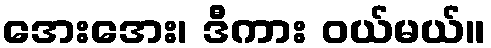
အေးအေး၊ ဒီကား ဝယ်မယ်။